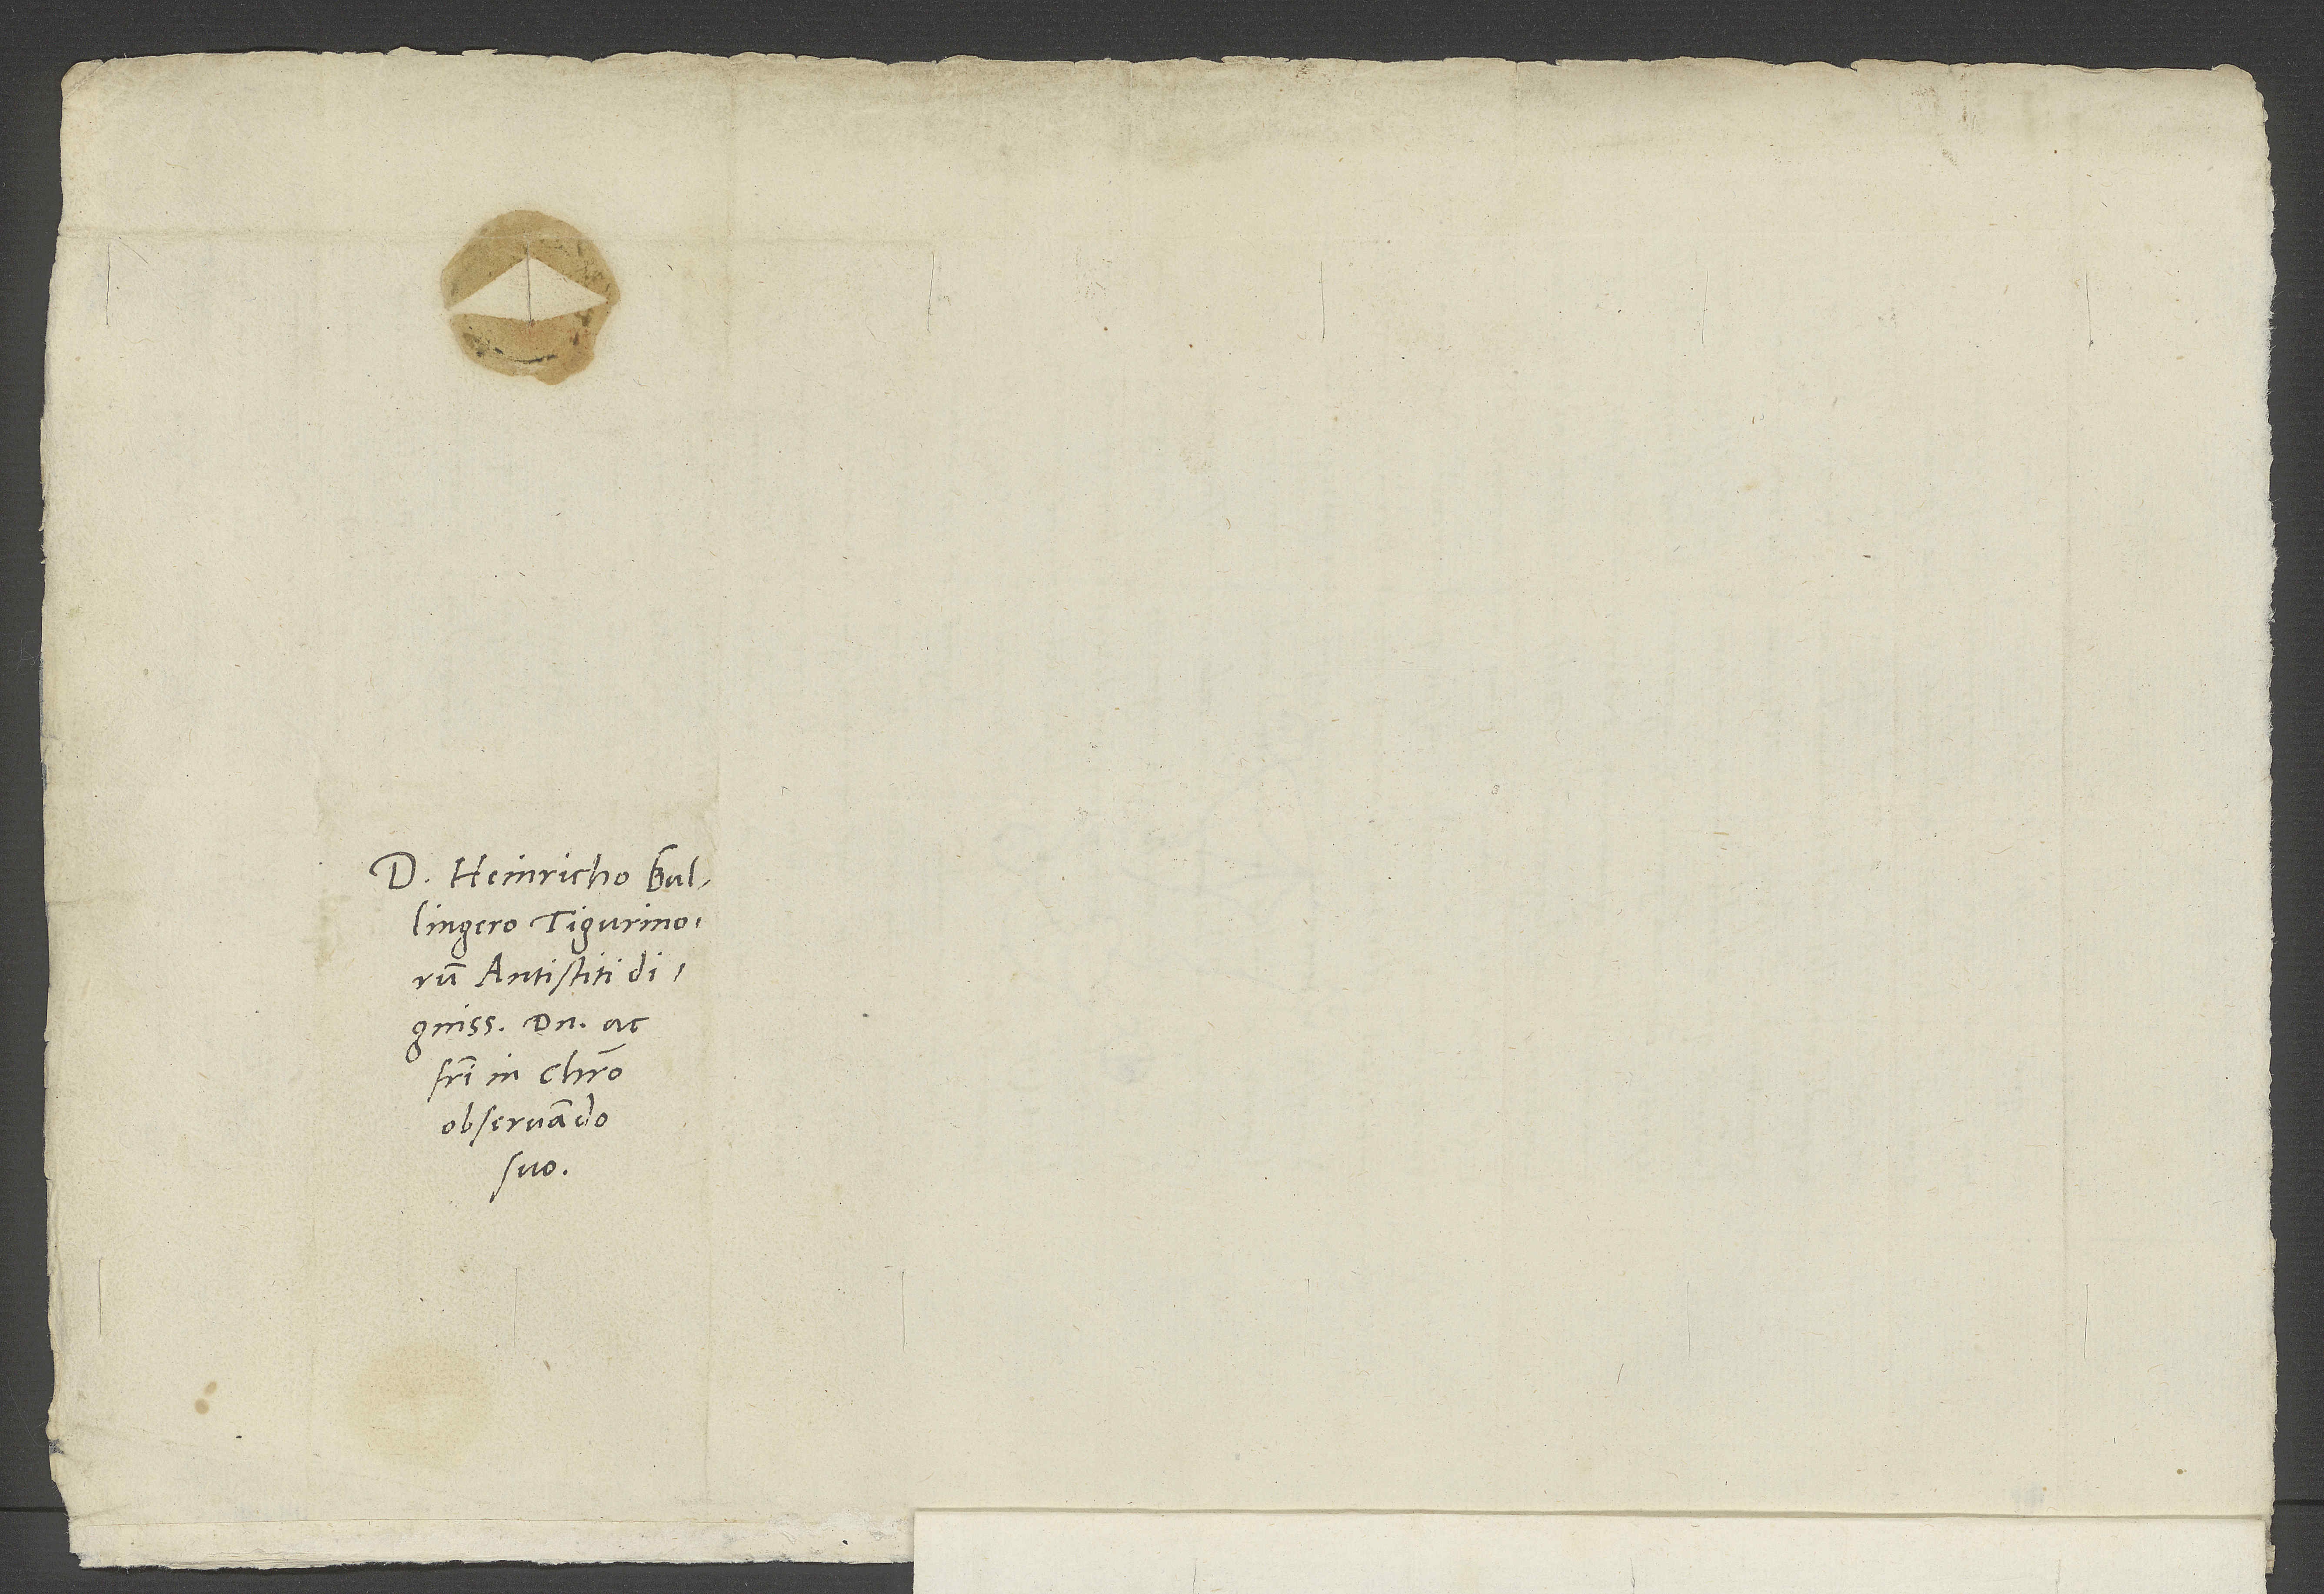
Domino Heinricho Bullingero,
antistiti
dignissimo, domino ac
fratri in Christo
observando
suo.